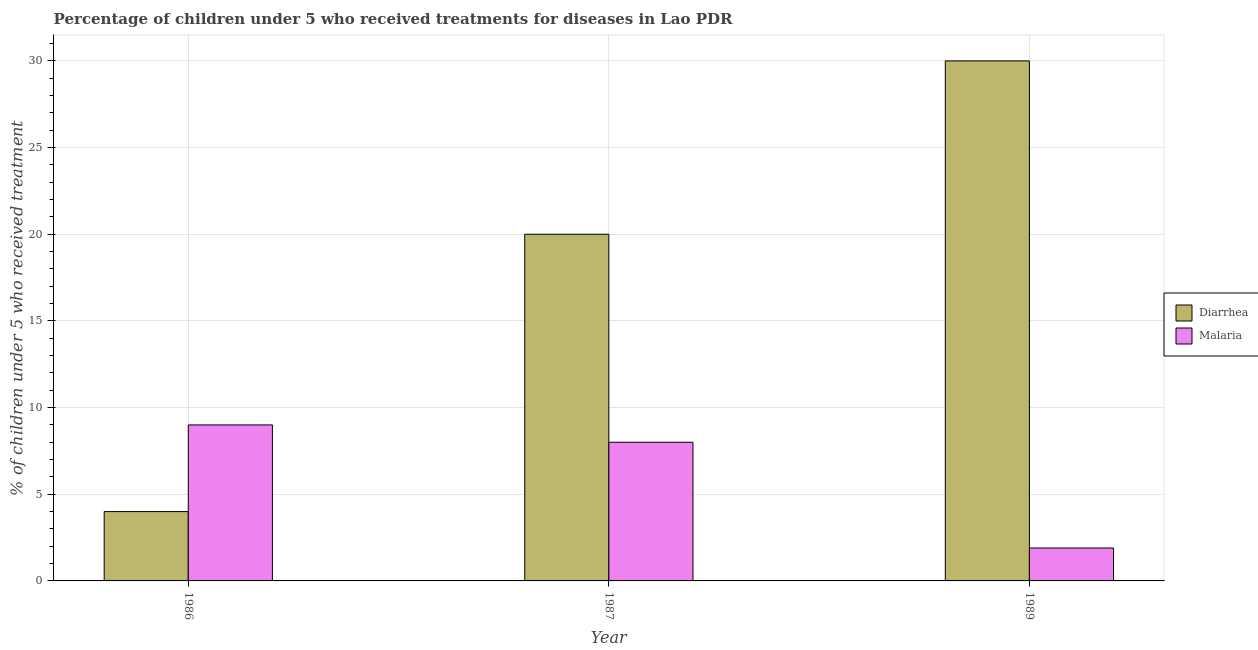
| Year | Diarrhea | Malaria |
 | --- | --- | --- |
 | 1986 | 4 | 9 |
 | 1987 | 20 | 8 |
 | 1989 | 30 | 1.9 |